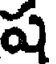
ష